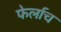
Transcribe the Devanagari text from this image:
फेर्लाच